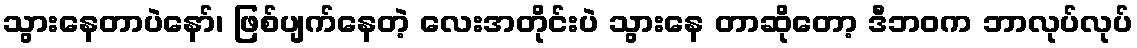
သွားနေတာပဲနော်၊ ဖြစ်ပျက်နေတဲ့ လေးအတိုင်းပဲ သွားနေ တာဆိုတော့ ဒီဘဝက ဘာလုပ်လုပ်